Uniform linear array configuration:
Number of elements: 8
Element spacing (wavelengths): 0.5
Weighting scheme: uniform
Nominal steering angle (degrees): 0
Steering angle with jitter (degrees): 1.783
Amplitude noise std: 0.05
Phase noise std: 0.05

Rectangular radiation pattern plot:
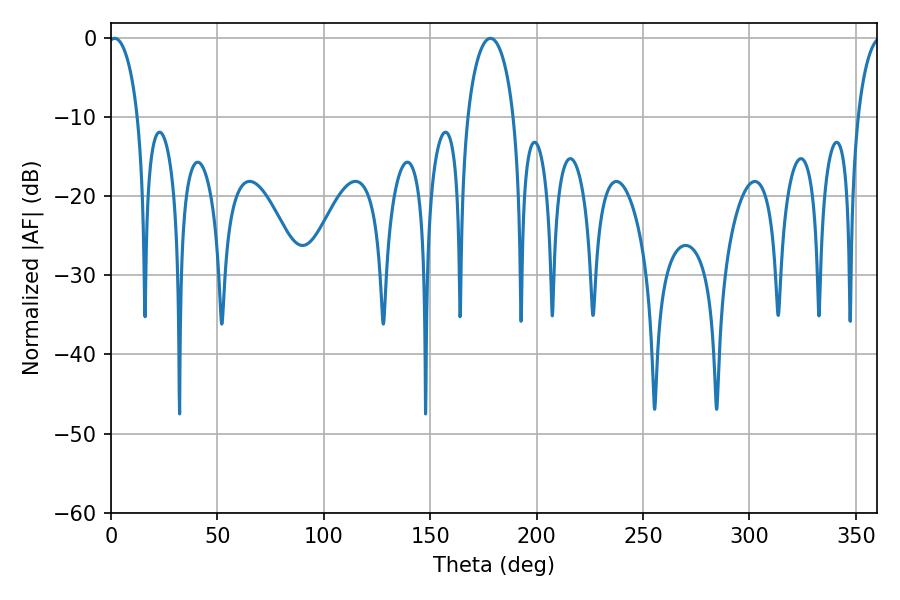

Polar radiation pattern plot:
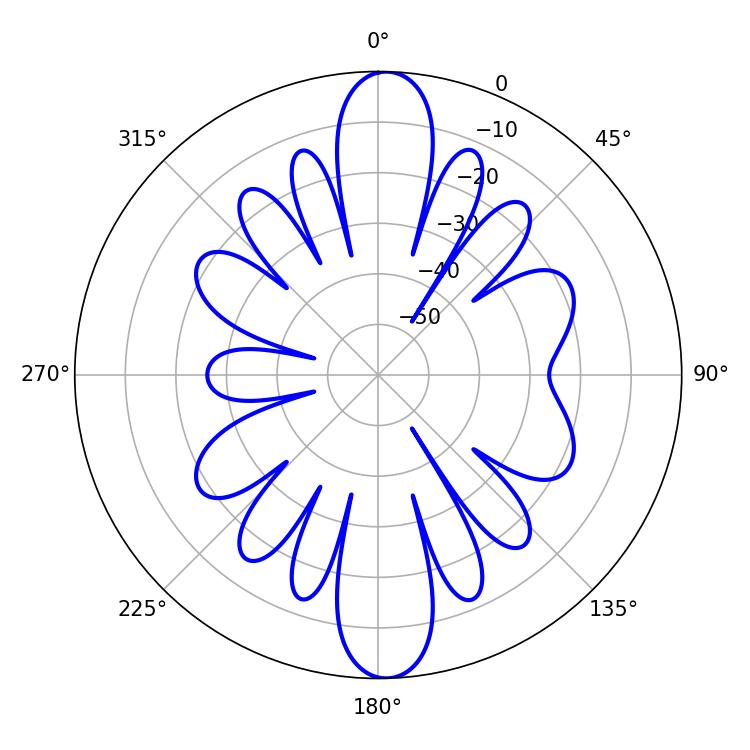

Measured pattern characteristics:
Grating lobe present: FALSE
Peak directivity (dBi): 20.121
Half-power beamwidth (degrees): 7.92
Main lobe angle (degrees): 1.8